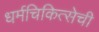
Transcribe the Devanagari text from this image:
धर्मचिकित्सेची